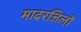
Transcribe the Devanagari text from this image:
मादरजिलों